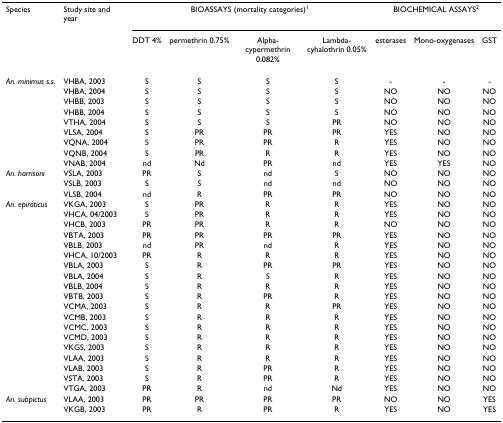
<table><thead><tr><td><b>Species</b></td><td><b>Study site and year</b></td><td colspan="4"><b>BIOASSAYS (mortality categories)<sup>1</sup></b></td><td colspan="3"><b>BIOCHEMICAL ASSAYS<sup>2</sup></b></td></tr><tr><td></td><td></td><td><b>DDT 4%</b></td><td><b>permethrin 0.75%</b></td><td><b>Alpha-cypermethrin 0.082%</b></td><td><b>Lambda-cyhalothrin 0.05%</b></td><td><b>esterases</b></td><td><b>Mono-oxygenases</b></td><td><b>GST</b></td></tr></thead><tbody><tr><td><i>An. minimus s.s</i>.</td><td>VHBA, 2003</td><td>S</td><td>S</td><td>S</td><td>S</td><td>-</td><td>-</td><td>-</td></tr><tr><td></td><td>VHBA, 2004</td><td>S</td><td>S</td><td>S</td><td>S</td><td>NO</td><td>NO</td><td>NO</td></tr><tr><td></td><td>VHBB, 2003</td><td>S</td><td>S</td><td>S</td><td>S</td><td>NO</td><td>NO</td><td>NO</td></tr><tr><td></td><td>VHBB, 2004</td><td>S</td><td>S</td><td>S</td><td>S</td><td>NO</td><td>NO</td><td>NO</td></tr><tr><td></td><td>VTHA, 2004</td><td>S</td><td>S</td><td>S</td><td>PR</td><td>NO</td><td>NO</td><td>NO</td></tr><tr><td></td><td>VLSA, 2004</td><td>S</td><td>PR</td><td>PR</td><td>PR</td><td>YES</td><td>NO</td><td>NO</td></tr><tr><td></td><td>VQNA, 2004</td><td>S</td><td>PR</td><td>PR</td><td>R</td><td>YES</td><td>NO</td><td>NO</td></tr><tr><td></td><td>VQNB, 2004</td><td>S</td><td>PR</td><td>R</td><td>R</td><td>YES</td><td>NO</td><td>NO</td></tr><tr><td></td><td>VNAB, 2004</td><td>nd</td><td>Nd</td><td>PR</td><td>nd</td><td>YES</td><td>YES</td><td>NO</td></tr><tr><td><i>An. harrisoni</i></td><td>VSLA, 2003</td><td>PR</td><td>S</td><td>nd</td><td>S</td><td>NO</td><td>NO</td><td>NO</td></tr><tr><td></td><td>VSLB, 2003</td><td>S</td><td>S</td><td>nd</td><td>nd</td><td>NO</td><td>NO</td><td>NO</td></tr><tr><td></td><td>VLSB, 2004</td><td>nd</td><td>R</td><td>PR</td><td>PR</td><td>NO</td><td>NO</td><td>NO</td></tr><tr><td><i>An. epiroticus</i></td><td>VKGA, 2003</td><td>S</td><td>PR</td><td>R</td><td>R</td><td>YES</td><td>NO</td><td>NO</td></tr><tr><td></td><td>VHCA, 04/2003</td><td>S</td><td>PR</td><td>R</td><td>R</td><td>YES</td><td>NO</td><td>NO</td></tr><tr><td></td><td>VHCB, 2003</td><td>PR</td><td>PR</td><td>R</td><td>R</td><td>NO</td><td>NO</td><td>NO</td></tr><tr><td></td><td>VBTA, 2003</td><td>PR</td><td>PR</td><td>PR</td><td>PR</td><td>YES</td><td>NO</td><td>NO</td></tr><tr><td></td><td>VBLB, 2003</td><td>nd</td><td>PR</td><td>nd</td><td>R</td><td>YES</td><td>NO</td><td>NO</td></tr><tr><td></td><td>VHCA, 10/2003</td><td>PR</td><td>R</td><td>R</td><td>R</td><td>YES</td><td>NO</td><td>NO</td></tr><tr><td></td><td>VBLA, 2003</td><td>S</td><td>R</td><td>PR</td><td>PR</td><td>YES</td><td>NO</td><td>NO</td></tr><tr><td></td><td>VBLA, 2004</td><td>S</td><td>R</td><td>S</td><td>R</td><td>YES</td><td>NO</td><td>NO</td></tr><tr><td></td><td>VBLB, 2004</td><td>S</td><td>R</td><td>R</td><td>R</td><td>YES</td><td>NO</td><td>NO</td></tr><tr><td></td><td>VBTB, 2003</td><td>S</td><td>R</td><td>PR</td><td>R</td><td>YES</td><td>NO</td><td>NO</td></tr><tr><td></td><td>VCMA, 2003</td><td>S</td><td>R</td><td>R</td><td>PR</td><td>YES</td><td>NO</td><td>NO</td></tr><tr><td></td><td>VCMB, 2003</td><td>S</td><td>R</td><td>R</td><td>R</td><td>YES</td><td>NO</td><td>NO</td></tr><tr><td></td><td>VCMC, 2003</td><td>S</td><td>R</td><td>R</td><td>R</td><td>YES</td><td>NO</td><td>NO</td></tr><tr><td></td><td>VCMD, 2003</td><td>S</td><td>R</td><td>R</td><td>R</td><td>YES</td><td>NO</td><td>NO</td></tr><tr><td></td><td>VKGS, 2003</td><td>S</td><td>R</td><td>R</td><td>R</td><td>YES</td><td>NO</td><td>NO</td></tr><tr><td></td><td>VLAA, 2003</td><td>S</td><td>R</td><td>R</td><td>R</td><td>YES</td><td>NO</td><td>NO</td></tr><tr><td></td><td>VLAB, 2003</td><td>S</td><td>R</td><td>PR</td><td>R</td><td>YES</td><td>NO</td><td>NO</td></tr><tr><td></td><td>VSTA, 2003</td><td>S</td><td>R</td><td>PR</td><td>R</td><td>YES</td><td>NO</td><td>NO</td></tr><tr><td></td><td>VTGA, 2003</td><td>PR</td><td>R</td><td>nd</td><td>Nd</td><td>YES</td><td>NO</td><td>NO</td></tr><tr><td><i>An. subpictus</i></td><td>VLAA, 2003</td><td>PR</td><td>PR</td><td>PR</td><td>PR</td><td>NO</td><td>NO</td><td>YES</td></tr><tr><td></td><td>VKGB, 2003</td><td>PR</td><td>R</td><td>PR</td><td>R</td><td>YES</td><td>NO</td><td>YES</td></tr></tbody></table>